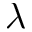
\lambda